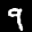
Label: 9